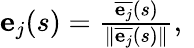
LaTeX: \begin{array}{r}{\mathbf{e}_{j}(s)={\frac{{\overline{{\mathbf{e}_{j}}}}(s)}{\| {\overline{{\mathbf{e}_{j}}}}(s)\| }}{\mathrm{,~}}}\end{array}